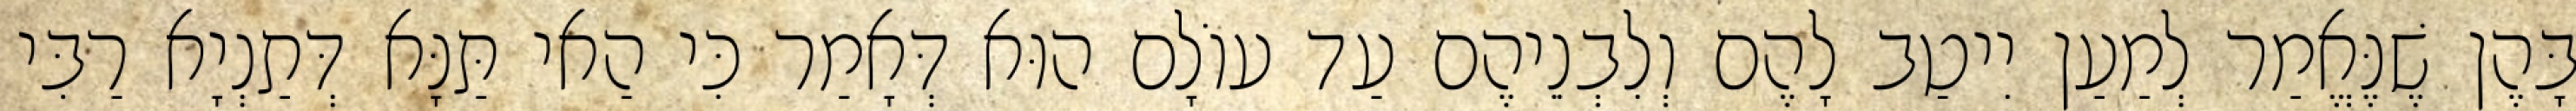
בָּהֶן שֶׁנֶּאֱמַר לְמַעַן יִיטַב לָהֶם וְלִבְנֵיהֶם עַד עוֹלָם הוּא דְּאָמַר כִּי הַאי תַּנָּא דְּתַנְיָא רַבִּי